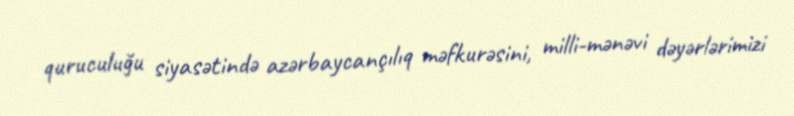
quruculuğu siyasətində azərbaycançılıq məfkurəsini, milli-mənəvi dəyərlərimizi